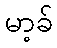
မာ့ခ်